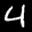
Label: 4